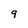
Character: 9